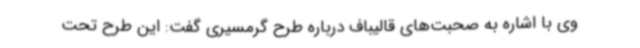
وی با اشاره به صحبت‌های قالیباف درباره طرح گرمسیری گفت: این طرح تحت